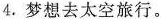
4.梦想去太空旅行。